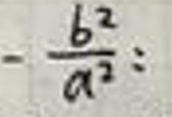
$-\frac{b^{2}}{a^{2}}:$